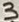
Text: 3